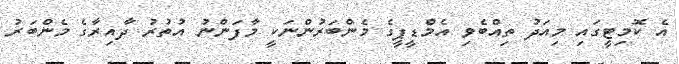
އެ ކޮމިޓީގައި މިއަދު ތިއްބެވި އެމްޑީޕީގެ މެންބަރުންނަކީ މާފަންނު އުތުރު ދާއިރާގެ މެންބަރު